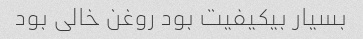
بسیار بیکیفیت بود روغن خالی بود